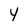
Character: Y